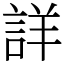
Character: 詳